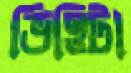
ভিত্তিটা